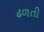
ઢળતી